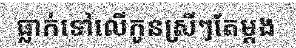
ធ្លាក់ទៅលើកូនស្រីៗតែម្តង